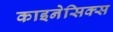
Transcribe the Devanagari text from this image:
काइनेसिक्स